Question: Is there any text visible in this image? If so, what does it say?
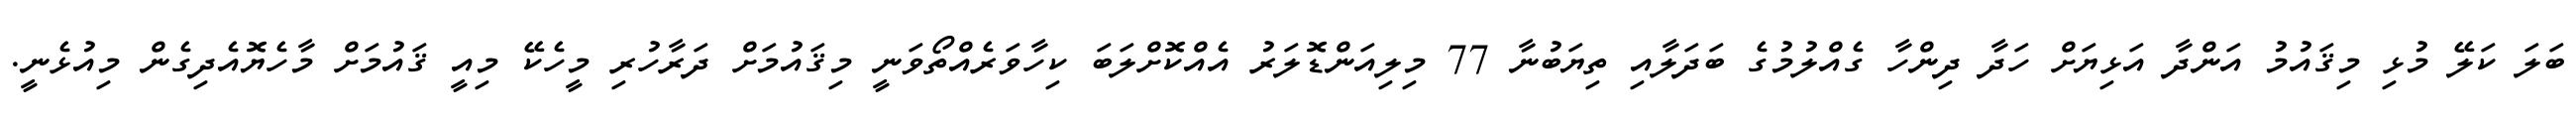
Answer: ބަލަ ކަލޭ މުޅި މިޤައުމު އަންދާ އަޅިޔަށް ހަދާ ދިންހާ ގެއްލުމުގެ ބަދަލާއި ތިޔަބުނާ 77 މިލިއަންޑޮލަރު އެއްކޮށްލަބަ ކިހާވަރެއްތޯވަނީ މިޤައުމަށް ދަރާހުރި މީހެކޭ މިއީ ޤައުމަށް މާހެޔޮއެދިގެން މިއުޅެނީ.